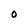
Character: O